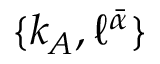
\{ k _ { A } , \ell ^ { \bar { \alpha } } \}